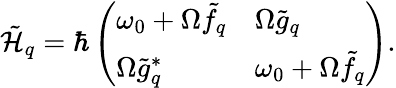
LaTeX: \tilde{\mathcal{H}}_{q}=\hbar\left(\begin{array}{ll}{\omega_{0}+\Omega\tilde{f}_{q}}&{\Omega\tilde{g}_{q}}\\ {\Omega\tilde{g}_{q}^{*}}&{\omega_{0}+\Omega\tilde{f}_{q}}\end{array}\right).